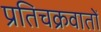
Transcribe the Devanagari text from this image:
प्रतिचक्रवातों